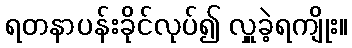
ရတနာပန်းခိုင်လုပ်၍ လှူခဲ့ရကျိုး။